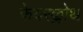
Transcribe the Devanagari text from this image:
फेयरक्लोथ